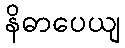
နိဓာပေယျ